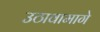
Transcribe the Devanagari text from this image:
उठावामागे